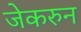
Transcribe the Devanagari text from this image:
जेकरुन